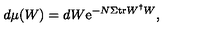
d \mu ( W ) = d W \mathrm { e } ^ { - N \Sigma \mathrm { t r } W ^ { \dagger } W } ,